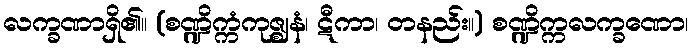
လက္ခဏာရှိ၏။ (စဏ္ဍိက္ကံကုဇ္ဈနံ၊ ဋီကာ၊ တနည်း။) စဏ္ဍိက္ကလက္ခဏော၊